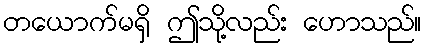
တယောက်မရှိ ဤသို့လည်း ဟောသည်။